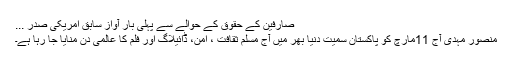
صارفین کے حقوق کے حوالے سے پہلی بار آواز سابق امریکی صدر ...
منصور مہدی آج 11مارچ کو پاکستان سمیت دنیا بھر میں آج مسلم ثقافت ، امن، ڈائیلاگ اور فلم کا عالمی دن منایا جا رہا ہے۔